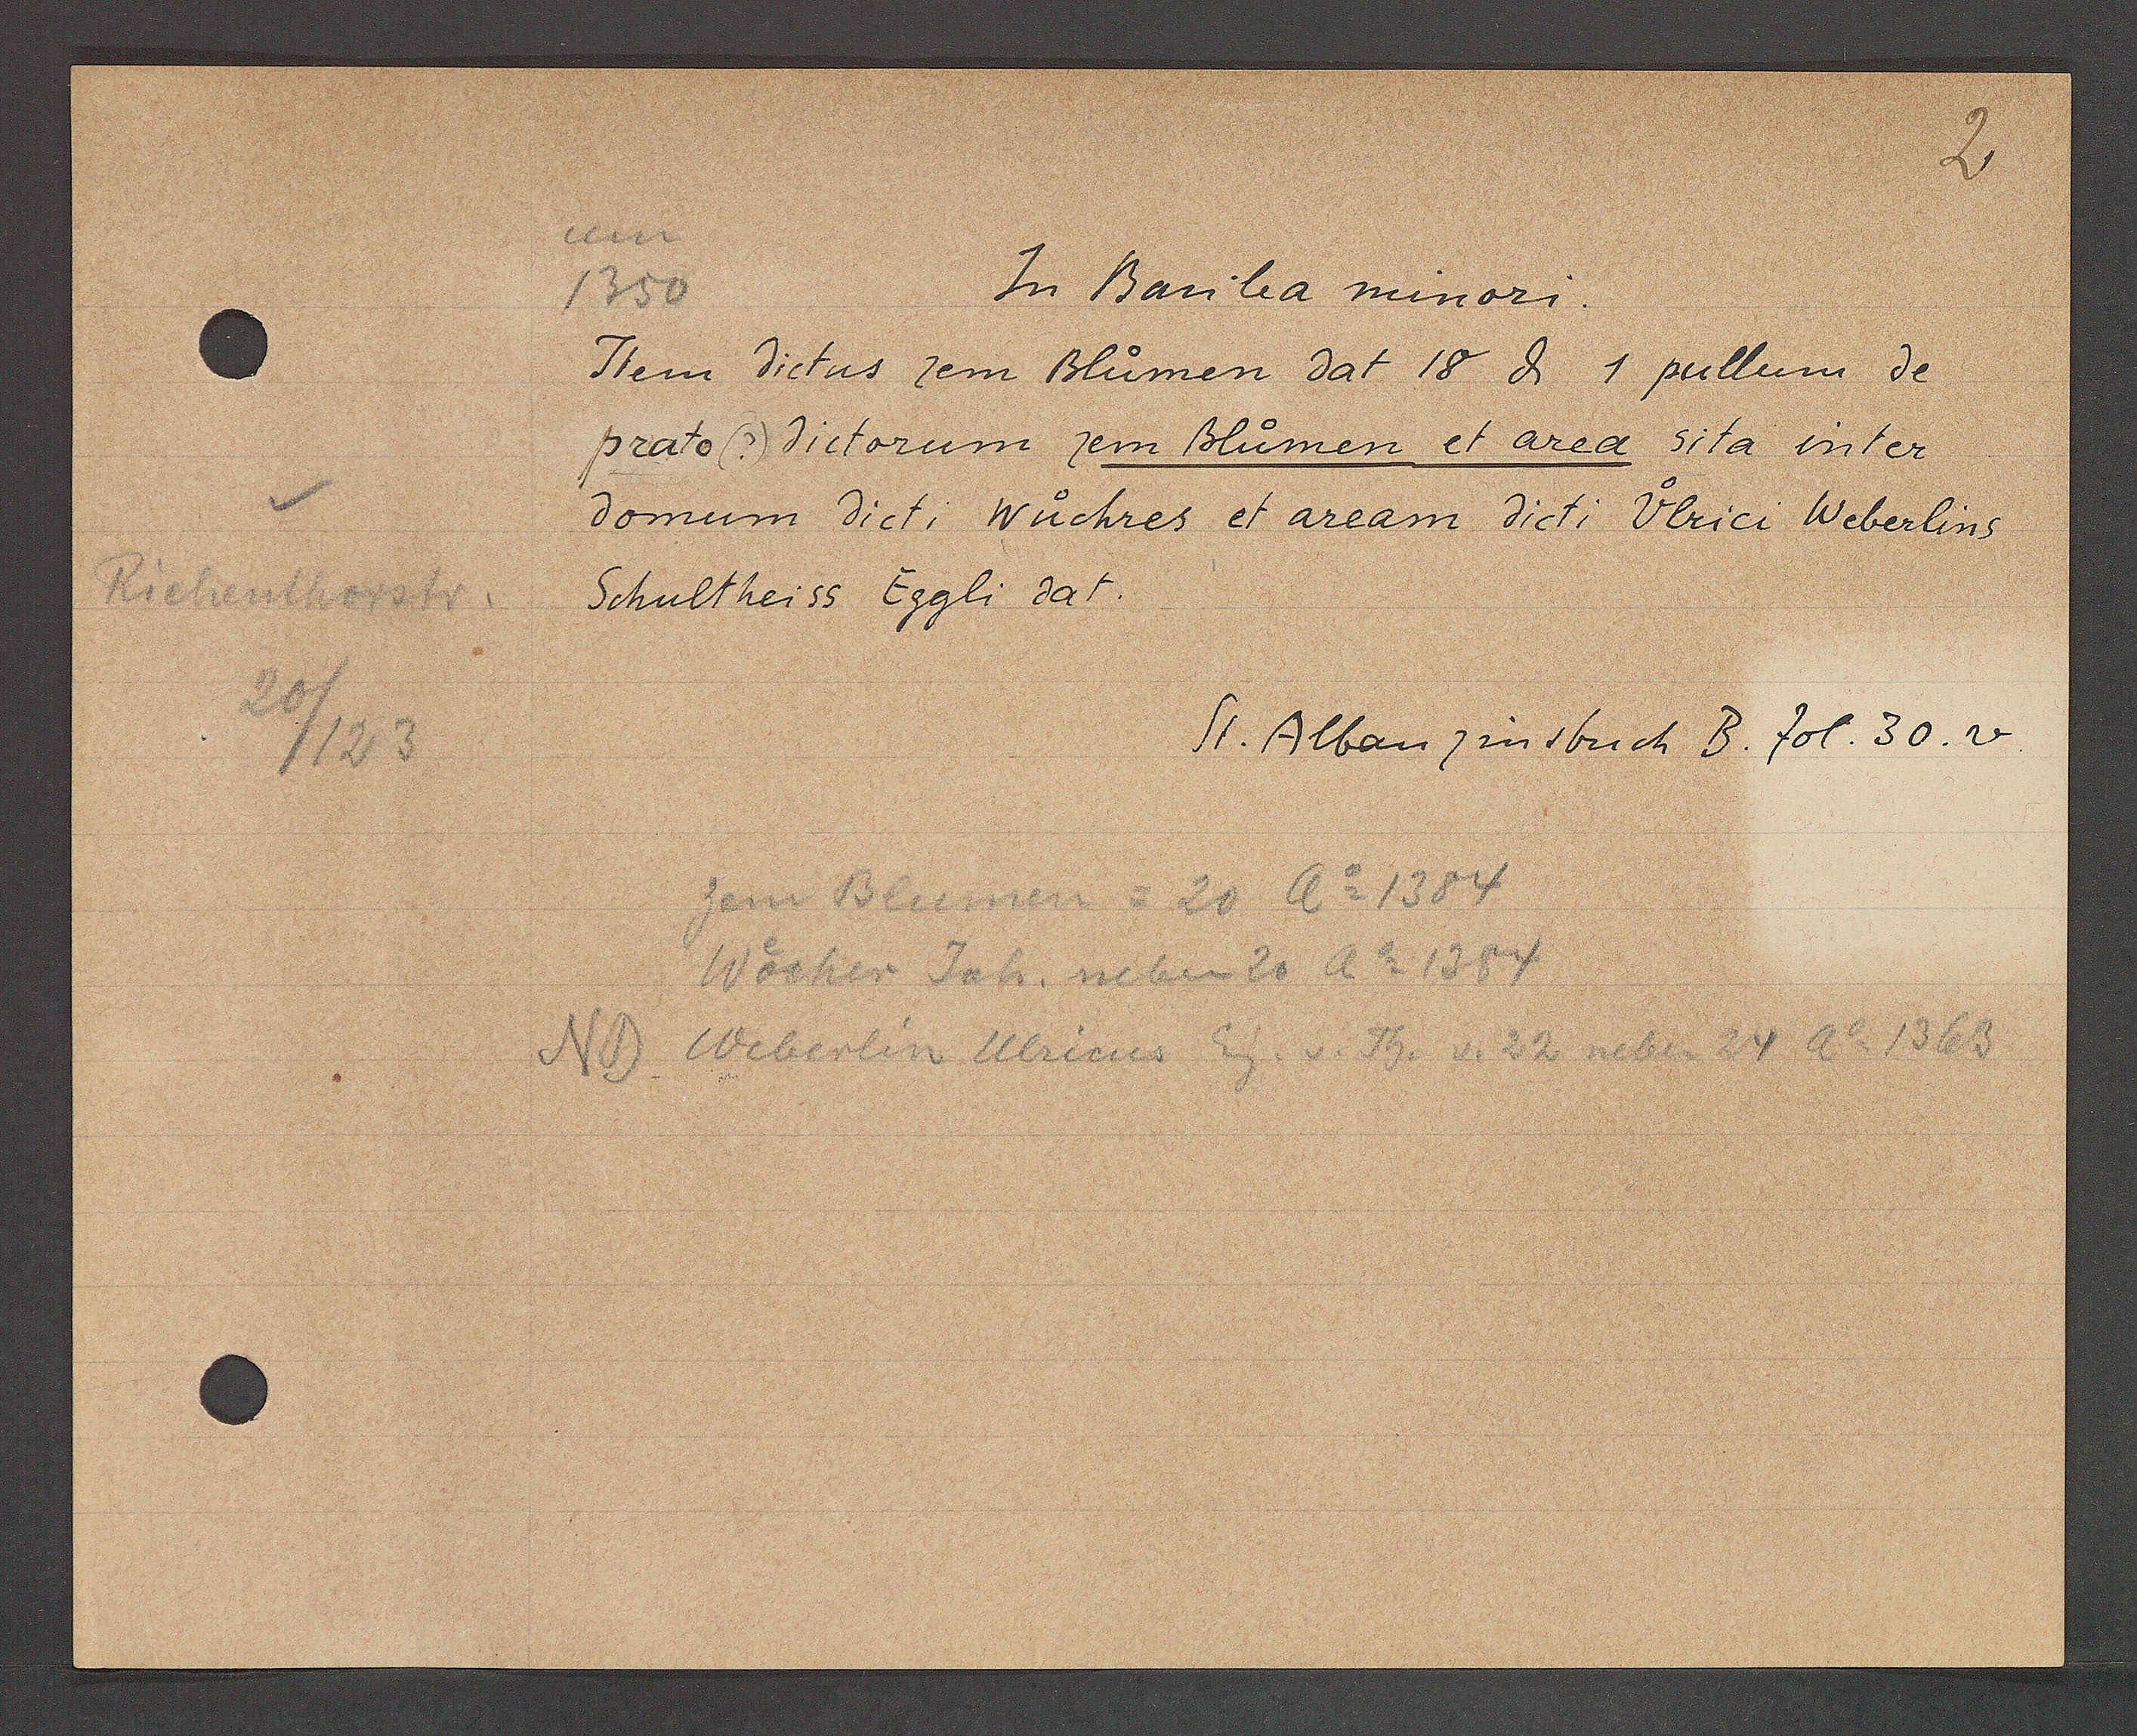
Transcript:
Riehenthorstr.
2
0/123

um
1350
In Basilea minori

Item dictus zem Blumen dat 18 ȡ 1 pullum de
prato (?) dictorum zem Blumen et area sita inter
domum dict. Wuchres et aream dicti Ulrici Weberlins
Schultheiss Eggli dat.

St. Alban zinsbuch B. fol. 30.v.

NB.  Weberlin Ulricus Eig v. Th. 22 neben 24 Ao 1363
zem Blumen = 20 Ao 1384
Wocher Joh. neben 20 Ao 1384